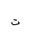
Letter: _ta